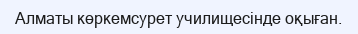
Алматы көркемсурет училищесінде оқыған.